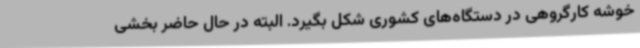
خوشه کارگروهی در دستگاه‌های کشوری شکل بگیرد. البته در حال حاضر بخشی